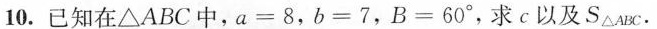
10.已知在\bigtriangleup ABC中，a=8，b=7，B=60°，求c以及S_{\bigtriangleup ABC} 。